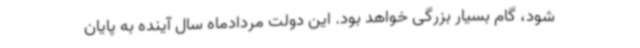
شود، گام بسیار بزرگی خواهد بود. این دولت مردادماه سال آینده به پایان